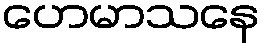
ဟေမာသနေ